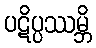
ပဋိပ္ပဿမ္ဘိ